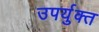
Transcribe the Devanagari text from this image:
उपर्युक्त